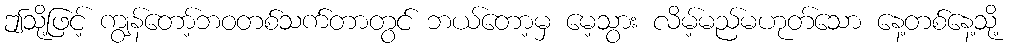
ဤသို့ဖြင့် ကျွန်တော့်ဘဝတစ်သက်တာတွင် ဘယ်တော့မှ မေ့သွား လိမ့်မည်မဟုတ်သော နေ့တစ်နေ့သို့